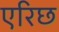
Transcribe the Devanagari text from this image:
एरिछ